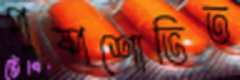
পুষ্পশোভিত